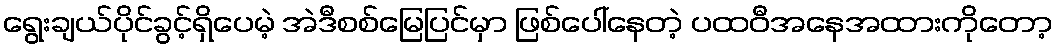
ရွေးချယ်ပိုင်ခွင့်ရှိပေမဲ့ အဲဒီစစ်မြေပြင်မှာ ဖြစ်ပေါ်နေတဲ့ ပထဝီအနေအထားကိုတော့